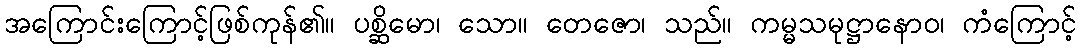
အကြောင်းကြောင့်ဖြစ်ကုန်၏။ ပစ္ဆိမော၊ သော။ တေဇော၊ သည်။ ကမ္မသမုဋ္ဌာနောဝ၊ ကံကြောင့်